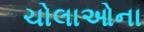
ચોલાઓના